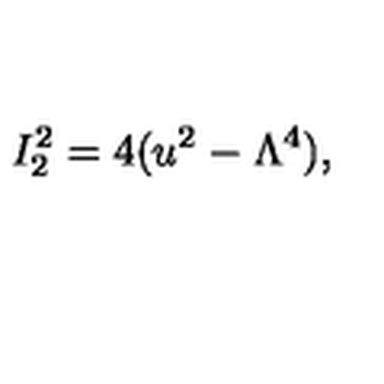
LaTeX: I _ { 2 } ^ { 2 } = 4 ( u ^ { 2 } - \Lambda ^ { 4 } ) ,